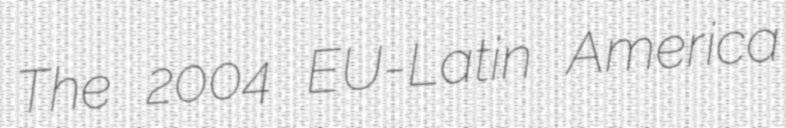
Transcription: The 2004 EU-Latin America